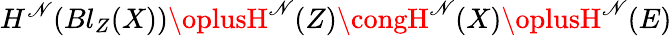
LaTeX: H^{\mathscr{N}}(Bl_{Z}(X))\oplusH^{\mathscr{N}}(Z)\congH^{\mathscr{N}}(X)\oplusH^{\mathscr{N}}(E)